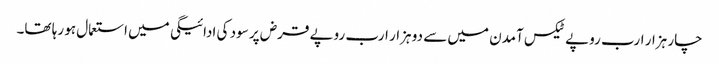
چار ہزار ارب روپے ٹیکس آمدن میں سے دو ہزار ارب روپے قرض پر سود کی ادائیگی میں استعمال ہو رہا تھا۔